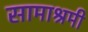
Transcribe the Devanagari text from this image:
सामाश्रमी